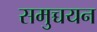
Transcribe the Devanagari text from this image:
समुच्चयन